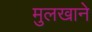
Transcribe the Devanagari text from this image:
मुलखाने